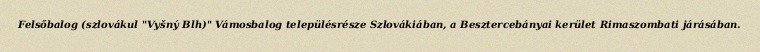
Felsőbalog (szlovákul "Vyšný Blh)" Vámosbalog településrésze Szlovákiában, a Besztercebányai kerület Rimaszombati járásában.